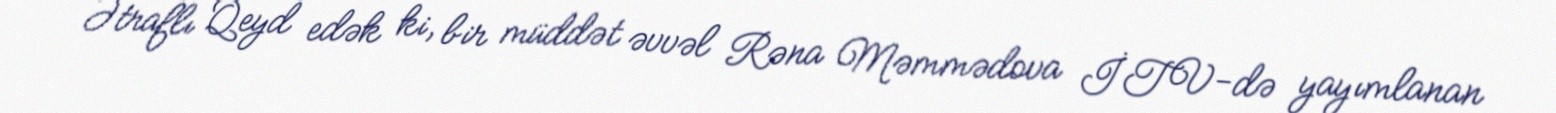
Ətraflı Qeyd edək ki, bir müddət əvvəl Rəna Məmmədova İTV-də yayımlanan